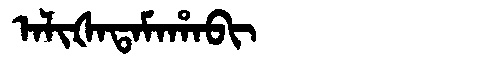
Manchu: ᠠᠯᡳᡧᠠᡨᠠᠮᠠᡥᠠᠪᡳ
Romanization: ALIŠATAMAHABI